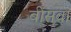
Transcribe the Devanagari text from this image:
बींसवा